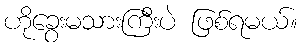
ဟိုခွေးမသားကြီးပဲ ဖြစ်ရမယ်။